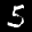
Label: 5